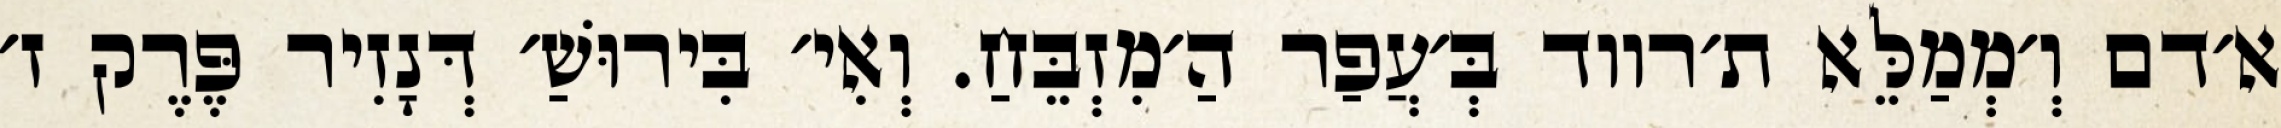
א׳דם וְ׳מְמַלֵּא ת׳רווד בְּ׳עֲפַר הַ׳מִזְבֵּחַ. וְאִי׳ בִּירוּשַׁ׳ דְּנָזִיר פֶּרֶק ז׳